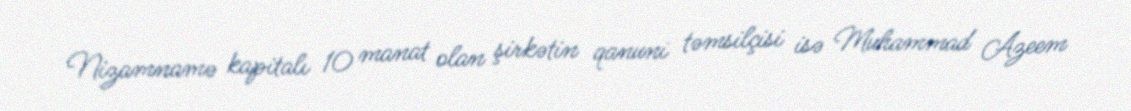
Nizamnamə kapitalı 10 manat olan şirkətin qanuni təmsilçisi isə Muhammad Azeem